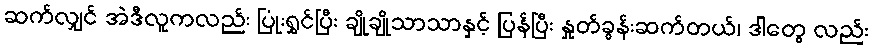
ဆက်လျှင် အဲဒီလူကလည်း ပြုံးရွှင်ပြီး ချိုချိုသာသာနှင့် ပြန်ပြီး နှုတ်ခွန်းဆက်တယ်၊ ဒါတွေ လည်း